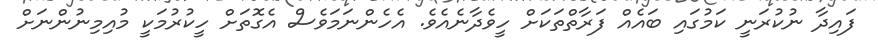
ފައިދާ ނުކުރަނީ ކަމުގައި ބައެއް ފަރާތްތަކަށް ހީވެދާނެއެވެ. އެހެންނަމަވެސް އެގޮތަށް ހީކުރުމަކީ މުއިމިނުންނަށް